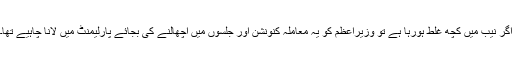
اگر نیب میں کچھ غلط ہورہا ہے تو وزیراعظم کو یہ معاملہ کنونشن اور جلسوں میں اچھالنے کی بجائے پارلیمنٹ میں لانا چاہیے تھا۔